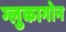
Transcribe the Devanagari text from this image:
ग्लुकागोन